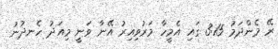
ރޭ މެންދަމު 3:15 ގައި އެމީހާ މަރުވިއިރު އޭނާ ވަނީ މިއަދު ހެނދުނު